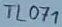
Text: TL071